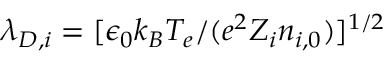
\lambda _ { D , i } = [ \epsilon _ { 0 } k _ { B } T _ { e } / ( e ^ { 2 } Z _ { i } n _ { i , 0 } ) ] ^ { 1 / 2 }